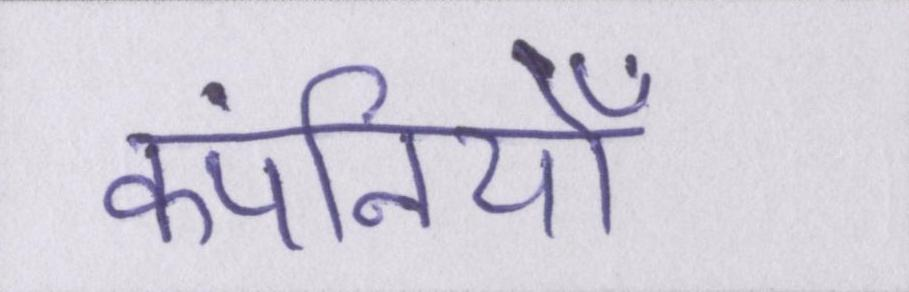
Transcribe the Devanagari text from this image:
कंपनियोँ